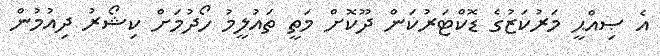
އެ ޞިއްޙީ މަރުކަޒުގެ ޑޮކްޓަރުކަން ދޫކޮށް މަތީ ތައުލީމު ހޯދުމަށް ކިޝޯރު ދިއުމުން